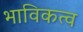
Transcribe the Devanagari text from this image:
भाविकत्व